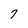
Character: 7